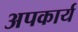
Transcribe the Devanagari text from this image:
अपकार्य